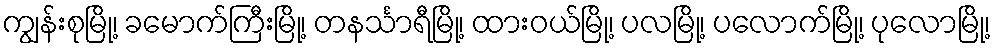
ကျွန်းစုမြို့၊ ခမောက်ကြီးမြို့၊ တနင်္သာရီမြို့၊ ထားဝယ်မြို့၊ ပလမြို့၊ ပလောက်မြို့၊ ပုလောမြို့၊